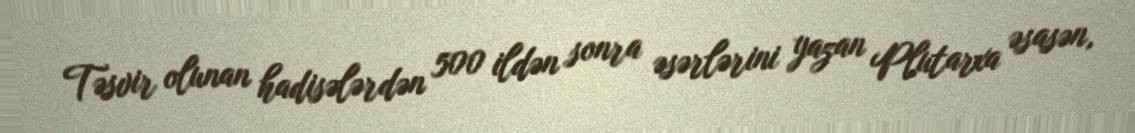
Təsvir olunan hadisələrdən 500 ildən sonra əsərlərini yazan Plutarxa əsasən,